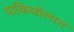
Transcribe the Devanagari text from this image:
वाकिघोलात